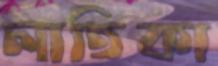
লাতিকা